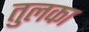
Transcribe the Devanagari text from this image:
तुलका